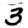
Digit: 3